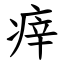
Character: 㾕